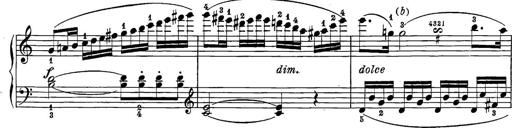
Title: 12 Sonatine per Pianoforte
Composer: Friedrich Kuhlau